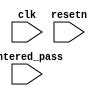
module Password_check
(
input clk,
input resetn,
input [31:0] entered_pass,
);


wire grant_access;
reg [31:0] golden_pass;

//set grant_access high by checking if entered_pass matches golden_pass 
//-copilot next line-
//copilot mean_prob: 0.6123330976700537

assign grant_access =
entered_pass == golden_pass;



endmodule